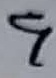
Text: 9